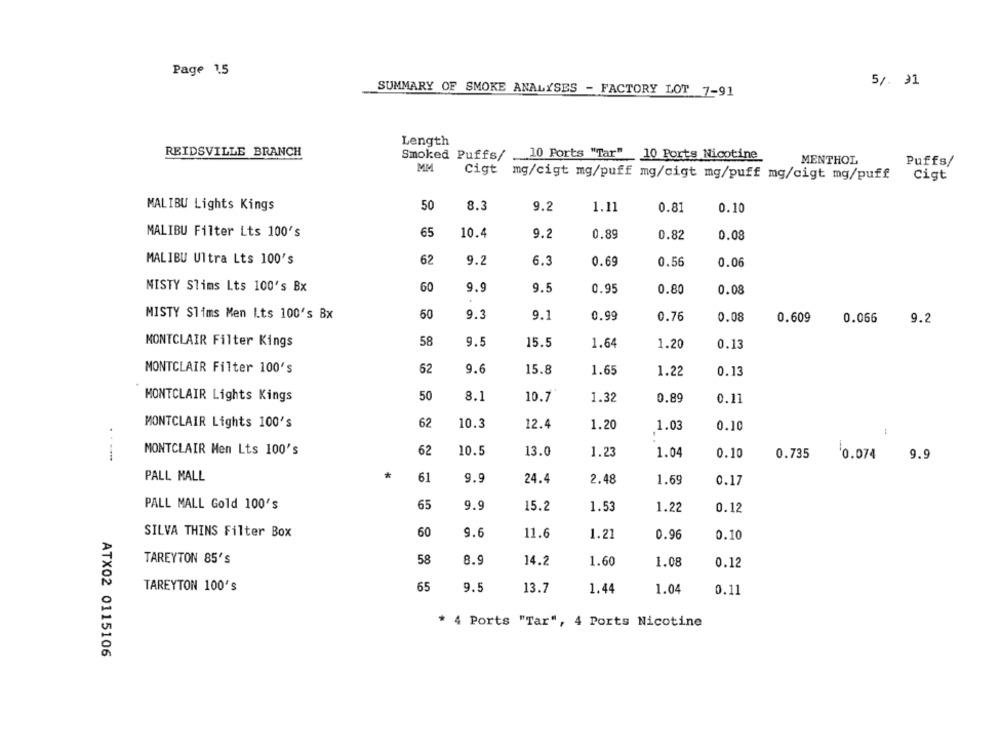
Page 1.5
5/. 91
SUMMARY OF SMOKE ANALYSES - FACTORY LOT 7-91
Length
REIDSVILLE BRANCH
Smoked Puffs/ .
10 Ports "Tar" 10 Ports Nicotine
MENTHOL
Puffs/
MM
Cigt mg/cigt mg/puff mg/cigt mg/puff mg/cigt mg/puff
Cigt
MALIBU Lights Kings
50
8.3
9.2
1.11
0.81
0.10
MALIBU Filter Lts 100's
65
10.4
9.2
0.89
0.82
0.08
MALIBU Ultra Lts 100's
62
9.2
6.3
0.69
0.56
0.06
MISTY Slims Lts 100's Bx
60
9.9
9.5
0.95
0.80
0.08
MISTY Slims Men Lts 100's Bx
60
9.3
9.1
0.99
0.76
0.08
0.609
0.066
9.2
MONTCLAIR Filter Kings
58
9.5
15.5
1.64
1.20
0.13
MONTCLAIR Filter 100's
62
9.6
15.8
1.65
1.22
0.13
MONTCLAIR Lights Kings
50
8.1
10.7
0.89
1.32
0.11
MONTCLAIR Lights 100's
62
10.3
12.4
1.20
1.03
0.10
MONTCLAIR Men Lts 100's
62
10.5
13.0
1.23
1.04
0.10
0.735
0.074 9.9
PALL MALL
*
61
9.9
24.4
2.48
1.69
0.17
PALL MALL Gold 100's
65
9.9
15.2
1.53
1.22
0.12
SILVA THINS Filter Box
60
9.6
11.6
1.21
0.96
0.10
TAREYTON 85's
58
8.9
14.2
1.60
1.08
0.12
TAREYTON 100's
65
9.5
13.7
1.44
1.04
0.11
* 4 Ports "Tar", 4 Ports Nicotine
ATX02 0115106